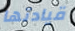
قيادتها